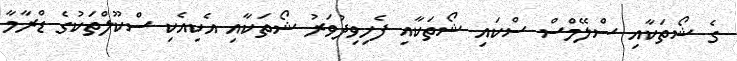
ގެ ޝޯތަކާއި ސްލޭމްސް ސްކައި ޝޯތަކާއި ފެހިވިދުވަރު ޝޯތަކާއި އެކިއެކި ސްކޫލްތަކުގެ ޑްރާމާ